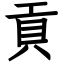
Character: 貢